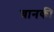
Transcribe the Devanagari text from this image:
चानकी